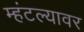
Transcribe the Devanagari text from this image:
म्हंटल्यावर